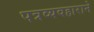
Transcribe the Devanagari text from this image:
पत्रव्यवहाराने